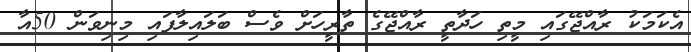
އެކަމަކު ރާއްޖޭގައި މީތި ހަދާތީ ރާއްޖޭގެ ތާރީހަށް ވެސް ބަލައިލާފައި މިނިވަން 50އާ